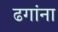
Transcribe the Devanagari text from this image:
ढगांना